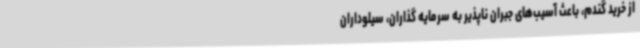
از خرید گندم، باعث آسیب‌های جبران ناپذیر به سرمایه گذاران، سیلوداران